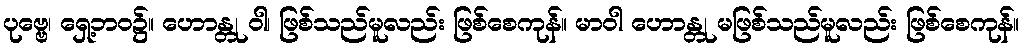
ပုဗ္ဗေ၊ ရှေ့ဘဝ၌။ ဟောန္တု ဝါ၊ ဖြစ်သည်မူလည်း ဖြစ်စေကုန်။ မာဝါ ဟောန္တု မဖြစ်သည်မူလည်း ဖြစ်စေကုန်။